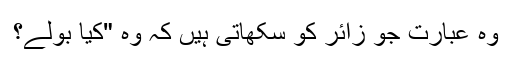
وہ عبارت جو زائر کو سکھاتی ہیں کہ وہ "کیا بولے؟